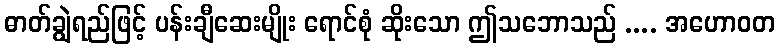
ဓာတ်ချွဲရည်ဖြင့် ပန်းချီဆေးမျိုး ရောင်စုံ ဆိုးသော ဤသဘောသည် .... အဟောဝတ